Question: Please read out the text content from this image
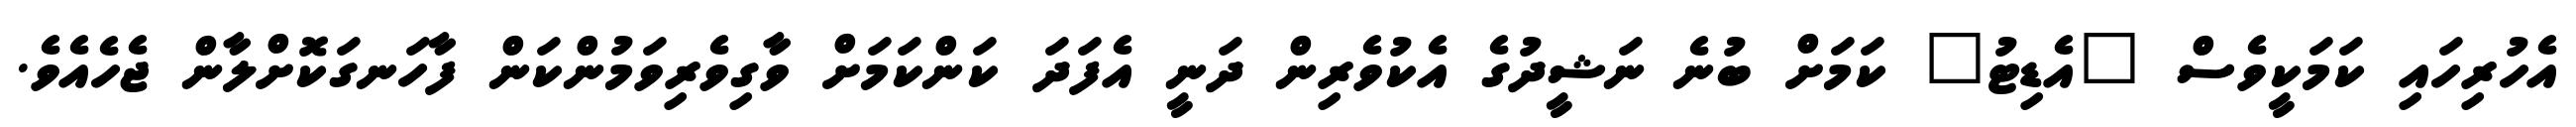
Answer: އެހުރިހައި ކަމަކީވެސް "އެޑިޓު" ކަމަށް ބުނެ ނަޝީދުގެ އެކުވެރިން ދަނީ އެފަދަ ކަންކަމަށް ވާގިވެރިވަމުންކަން ފާހަނގަކޮށްލާން ޖެހެއެވެ.